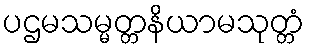
ပဌမသမ္မတ္တနိယာမသုတ္တံ